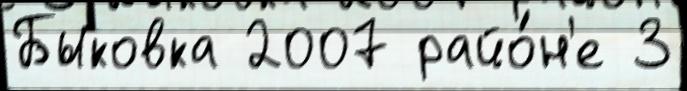
Быковка 2007 райо́н'е 3